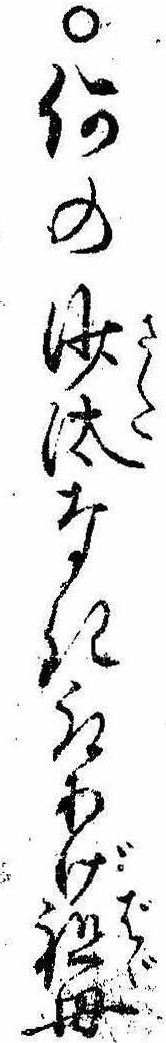
○何の沙汰なき取あげ祖母